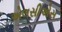
એલસીએસ